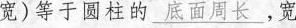
宽)等于圆柱的\underline{底面周长}，宽